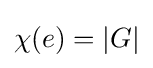
\chi (e)=\left|G\right|